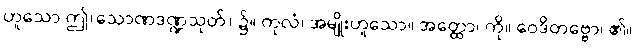
ဟူသော ဤ(သောဏဒဏ္ဍသုတ်) ၌။ ကုလံ၊ အမျိုးဟူသော။ အတ္ထော၊ ကို။ ဝေဒိတဗ္ဗော၊ ၏။